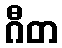
ဂီတ